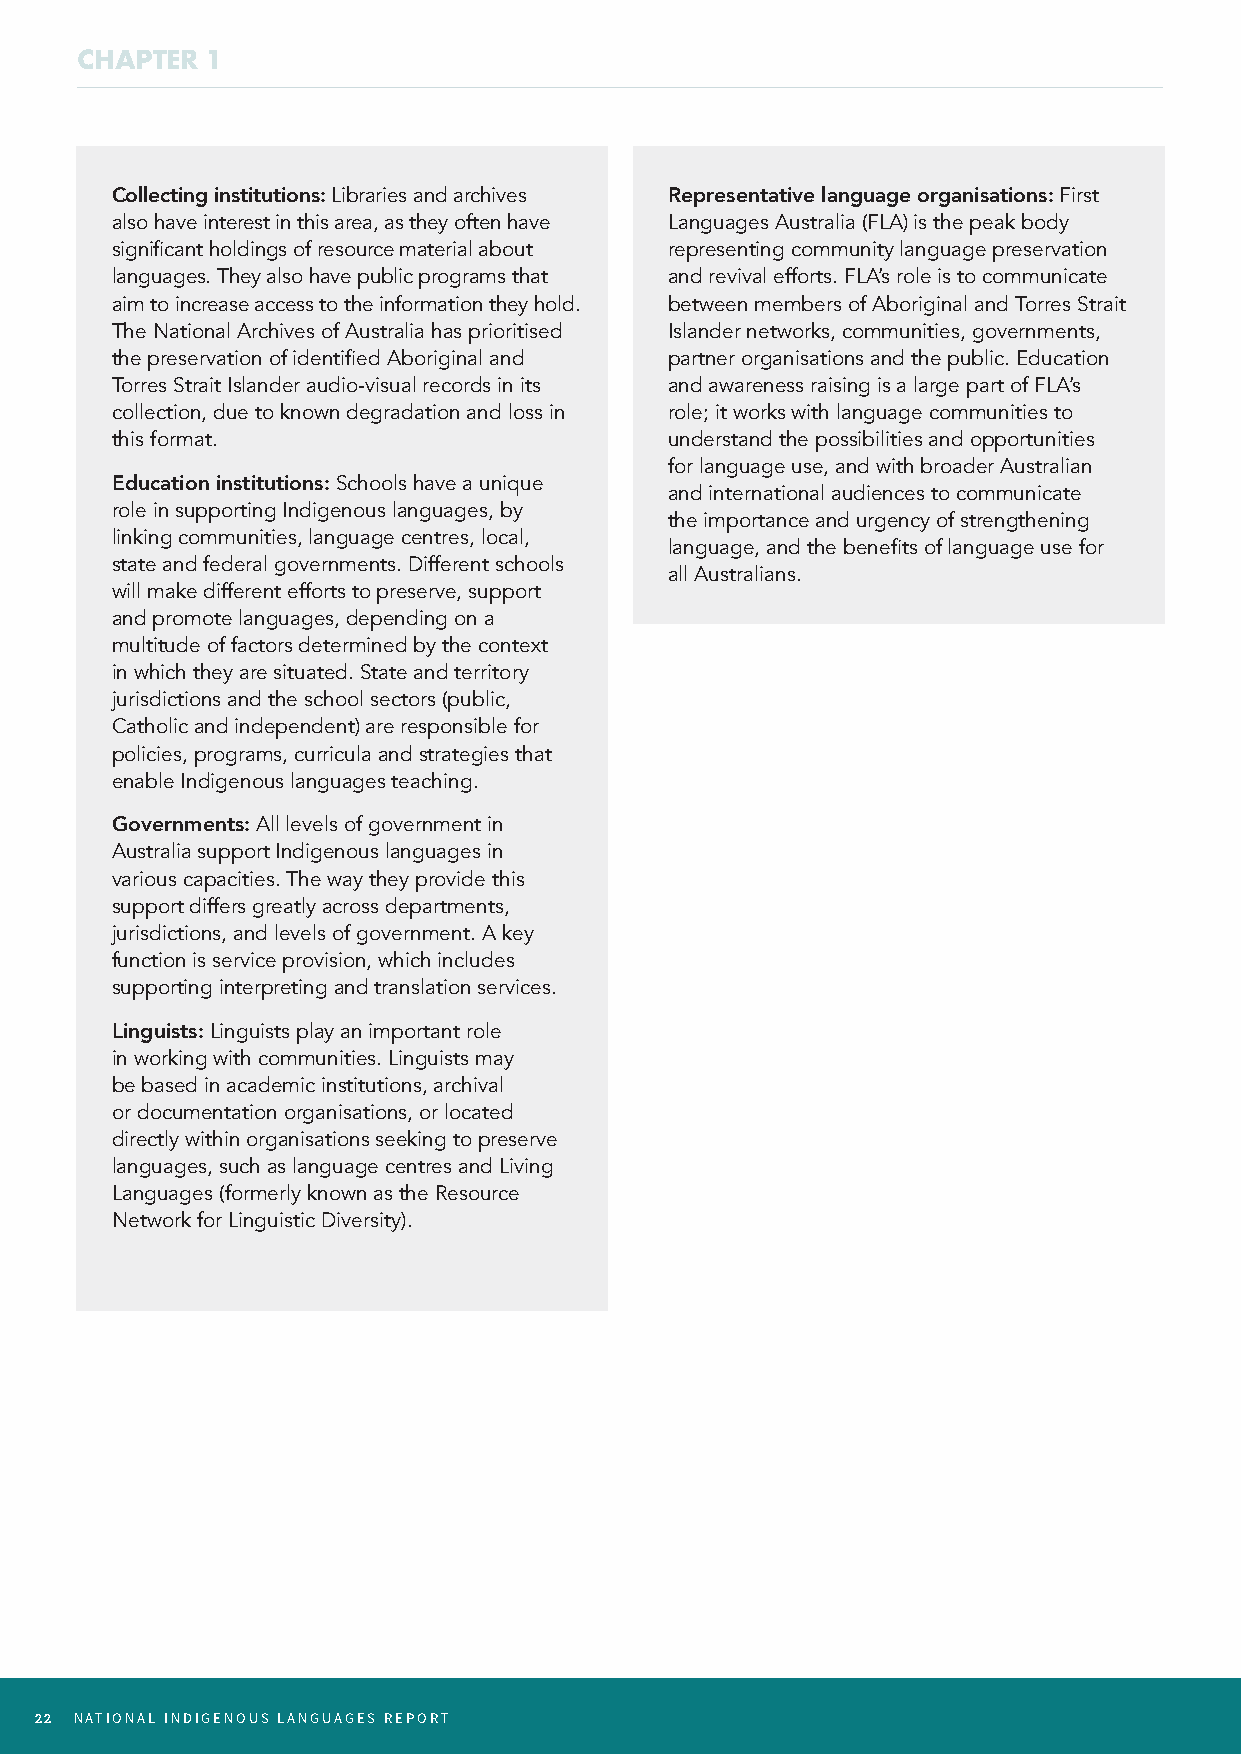
CHAPTER  1
 Collecting institutions: Libraries and archives Representative language organisations: First
 also have interest in this area, as they often have Languages Australia (FLA) is the peak body
 significant holdings of resource material about representing community language preservation
 languages. They also have public programs that and revival efforts. FLA’s role is to communicate
 aim to increase access to the information they hold. between members of Aboriginal and Torres Strait
 The National Archives of Australia has prioritised Islander networks, communities, governments,
 the preservation of identified Aboriginal and partner organisations and the public. Education
 Torres Strait Islander audio-visual records in its and awareness raising is a large part of FLA’s
 collection, due to known degradation and loss in role; it works with language communities to
 this format.                         understand the possibilities and opportunities
 for language use, and with broader Australian
 Education institutions: Schools have a unique
 and international audiences to communicate
 role in supporting Indigenous languages, by
 the importance and urgency of strengthening
 linking communities, language centres, local,
 language, and the benefits of language use for
 state and federal governments. Different schools
 all Australians.
 will make different efforts to preserve, support
 and promote languages, depending on a
 multitude of factors determined by the context
 in which they are situated. State and territory
 jurisdictions and the school sectors (public,
 Catholic and independent) are responsible for
 policies, programs, curricula and strategies that
 enable Indigenous languages teaching.
 Governments: All levels of government in
 Australia support Indigenous languages in
 various capacities. The way they provide this
 support differs greatly across departments,
 jurisdictions, and levels of government. A key
 function is service provision, which includes
 supporting interpreting and translation services.
 Linguists: Linguists play an important role
 in working with communities. Linguists may
 be based in academic institutions, archival
 or documentation organisations, or located
 directly within organisations seeking to preserve
 languages, such as language centres and Living
 Languages (formerly known as the Resource
 Network for Linguistic Diversity).
 22 NATIONAL INDIGENOUS LANGUAGES REPORT